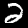
Digit: 2